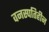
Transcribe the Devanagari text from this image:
वनस्‍पतिहीन